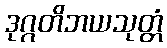
ဒုဂ္ဂတိဘယသုတ္တံ